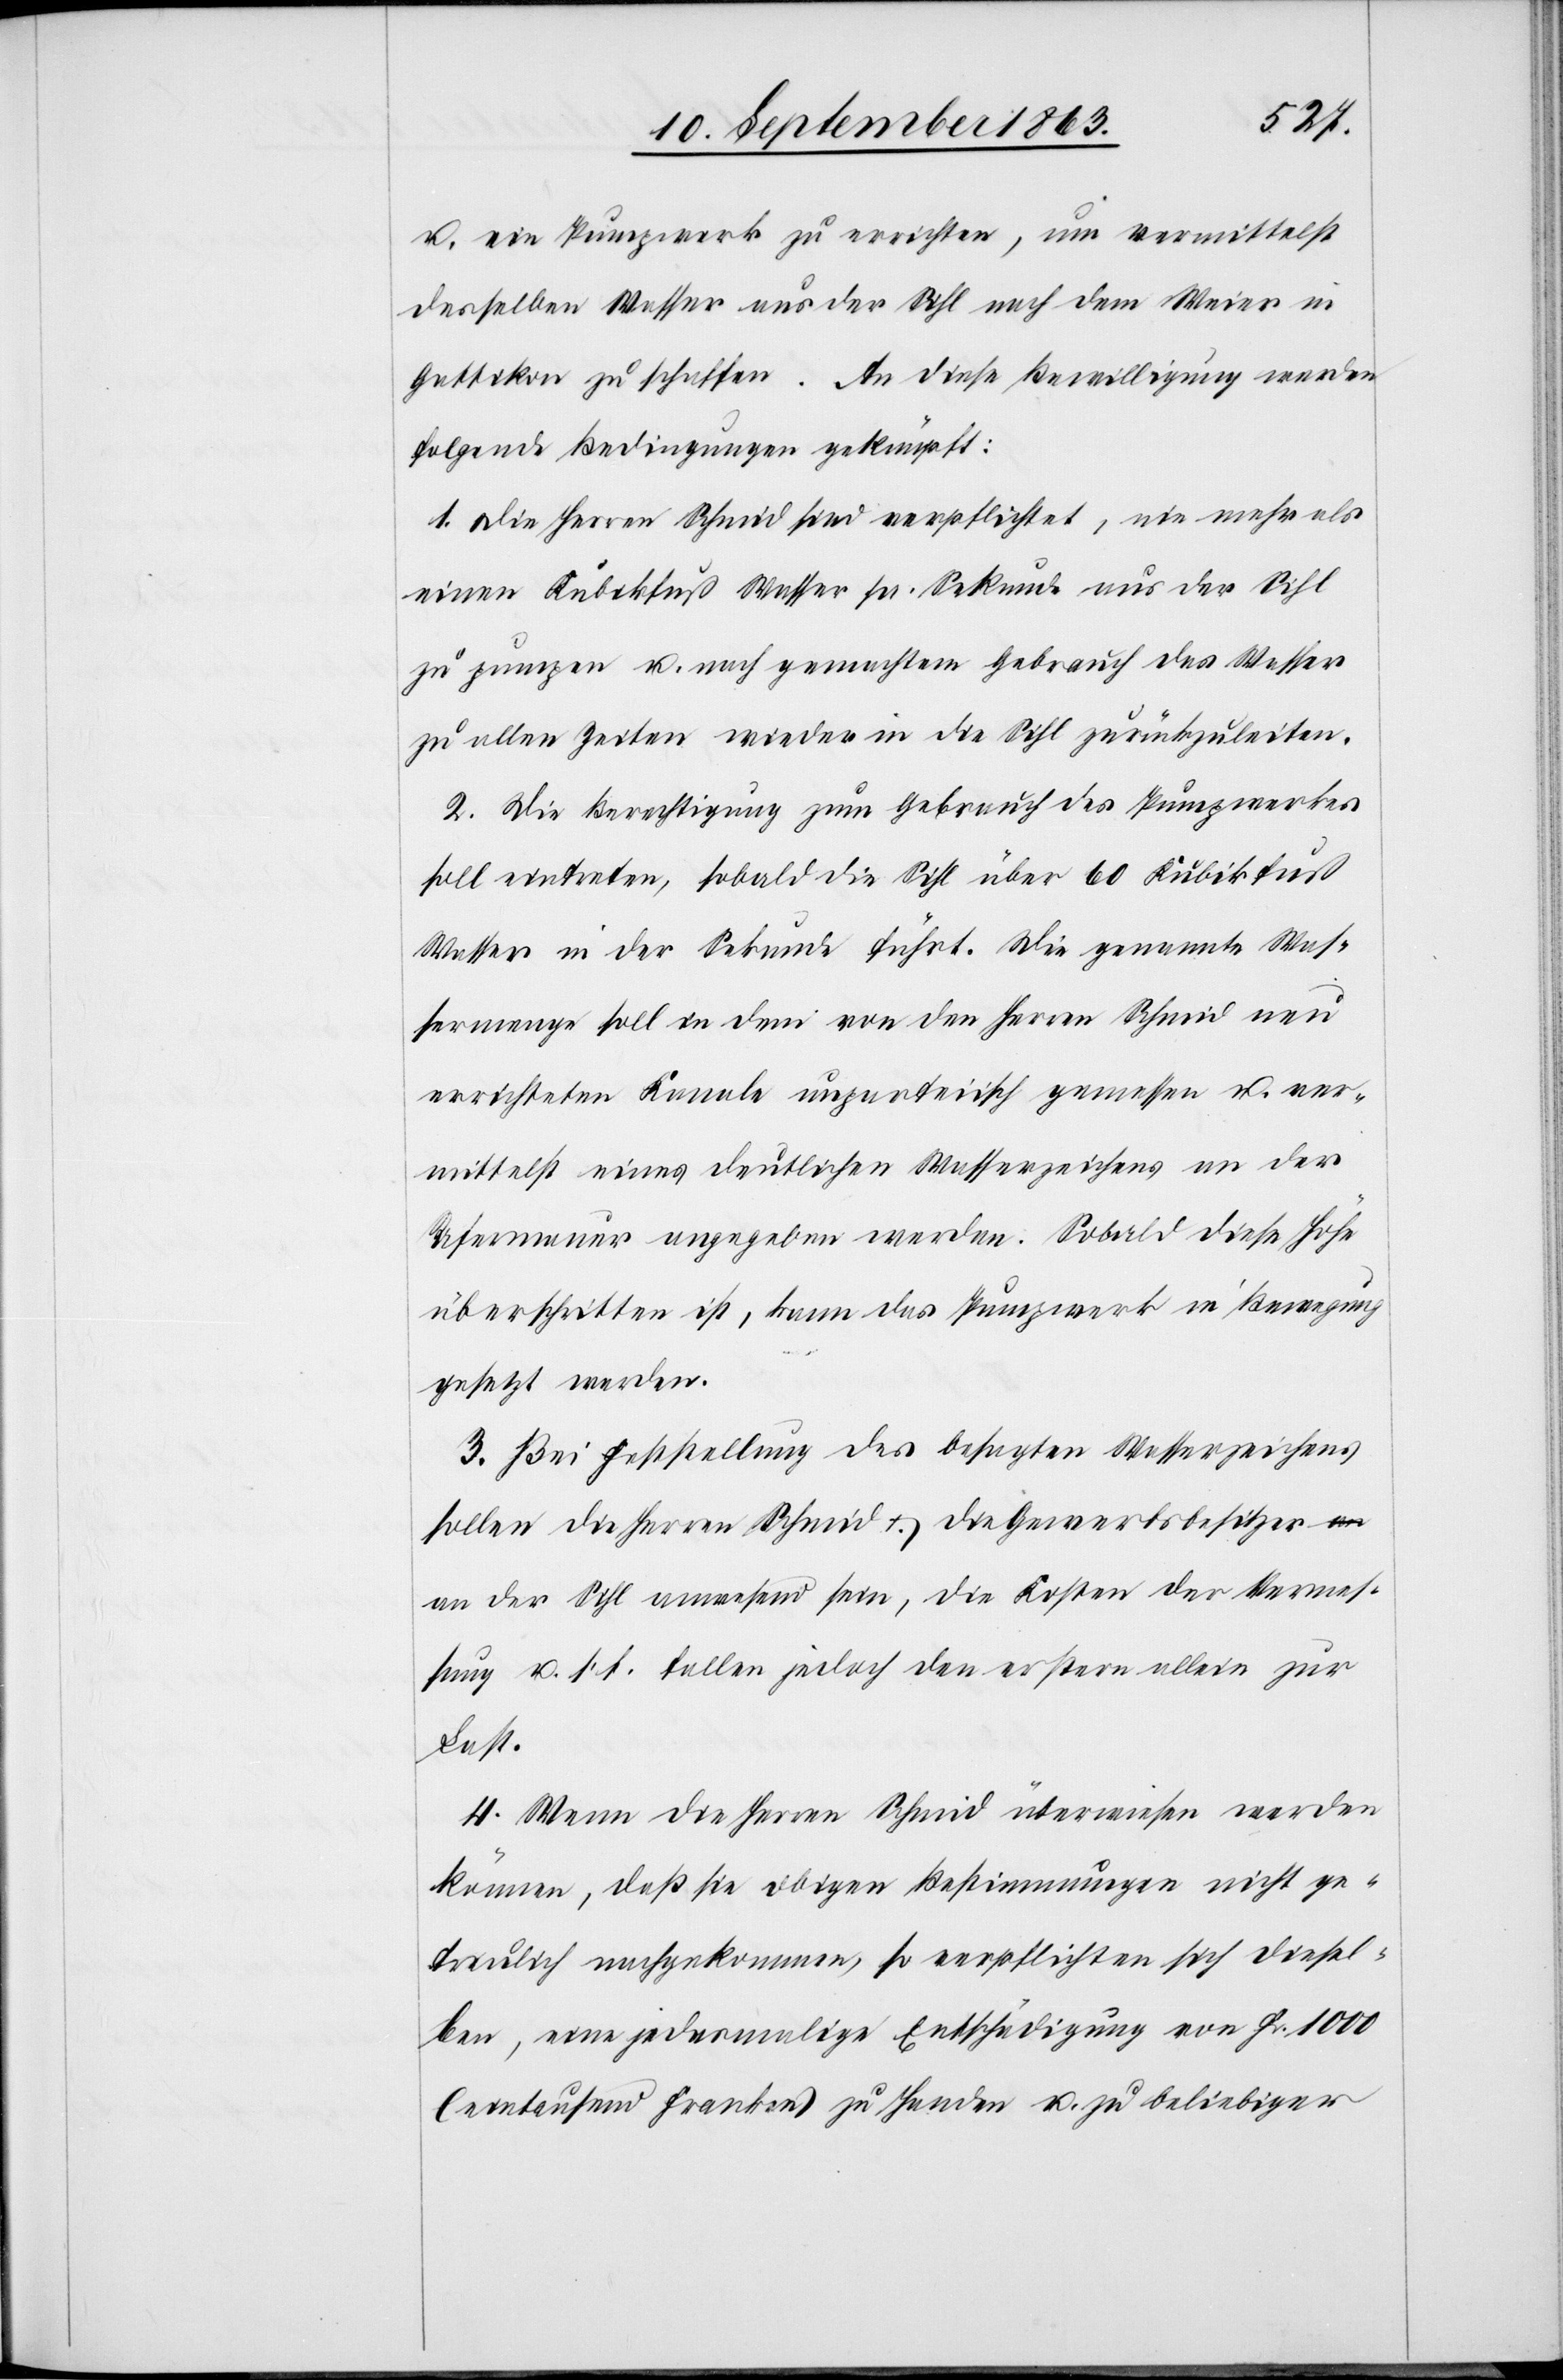
u. ein Pumpwerk zu errichten, um vermittelst
desselben Wasser aus der Sihl nach dem Weier in
Gattikon zu schaffen. An diese Bewilligung werden
folgende Bedingungen geknüpft:
1. Die Herren Schmid sind verpflichtet, nie mehr als
einen Kubikfuß Wasser pr. Sekunde aus der Sihl
zu pumpen u. nach gemachtem Gebrauch das Wasser
zu allen Zeiten wieder in die Sihl zurückzuleiten.
2. Die Berechtigung zum Gebrauch des Pumpwerkes
soll eintreten, sobald die Sihl über 60 Kubikfuß
Wasser in der Sekunde führt. Die genannte Was¬
sermenge soll in dem von den Herren Schmid neu
errichteten Kanale unparteiisch gemessen u. ver¬
mittelst eines deutlichen Wasserzeichens an der
Ufermauer angegeben werden. Sobald diese Höhe
überschritten ist, kann das Pumpwerk in Bewegung
gesetzt werden.
3. Bei Feststellung des besagten Wasserzeichens
sollen die Herren Schmid & die Gewerbsbesitzer
an der Sihl anwesend sein, die Kosten der Vermes¬
sung u. s. f. fallen jedoch den erstern allein zur
Last.
4. Wenn die Herren Schmid überwiesen werden
können, daß sie obigen Bestimmungen nicht ge¬
treulich nachgekommen, so verpflichten sich diesel¬
ben, eine jedesmalige Entschädigung von Fr. 1000
(eintausend Franken) zu Handen u. zu beliebiger